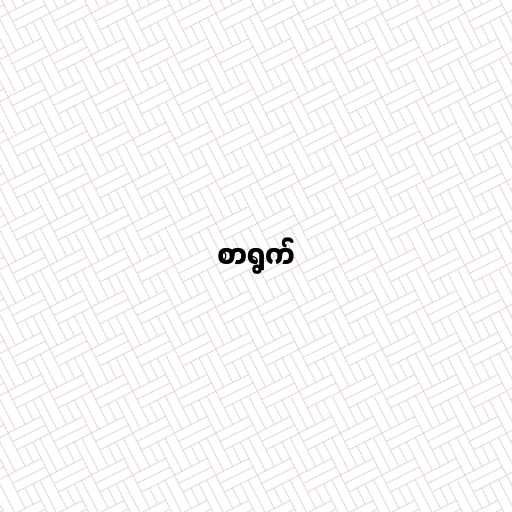
စာရွက်